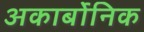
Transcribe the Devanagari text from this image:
अकार्बोनिक